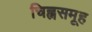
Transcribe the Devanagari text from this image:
चिह्नसमूह